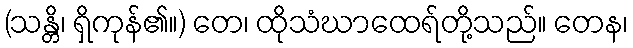
(သန္တိ၊ ရှိကုန်၏။) တေ၊ ထိုသံဃာထေရ်တို့သည်။ တေန၊